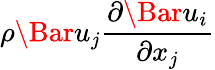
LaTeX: {\rho}\Bar{u}_{j}\frac{{\partial}\Bar{u}_{i}}{{\partial}x_{j}}